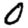
Digit: 0